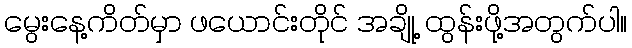
မွေးနေ့ကိတ်မှာ ဖယောင်းတိုင် အချို့ ထွန်းဖို့အတွက်ပါ။